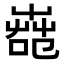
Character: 𦱢